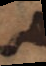
o